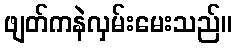
ဖျတ်ကနဲလှမ်းမေးသည်။